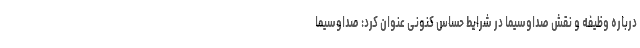
درباره وظیفه و نقش صداوسیما در شرایط حساس کنونی عنوان کرد:‌ صداوسیما